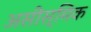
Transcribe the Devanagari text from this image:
असीस्मिक